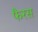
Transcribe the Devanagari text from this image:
फैरस